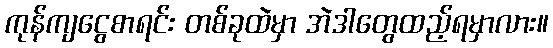
ကုန်ကျငွေစာရင်း တစ်ခုထဲမှာ အဲဒါတွေထည့်ရမှာလား။